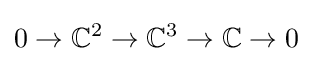
0\to \mathbb {C} ^{2}\to \mathbb {C} ^{3}\to \mathbb {C} \to 0